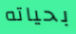
بحياته